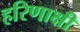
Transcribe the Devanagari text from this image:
हरिणाक्षी